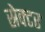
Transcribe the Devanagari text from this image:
स्रेक्टर